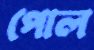
পোল